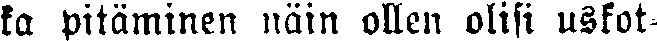
ka pitäminen näin ollen olisi uskot-